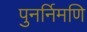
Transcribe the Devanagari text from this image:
पुनर्निमणि